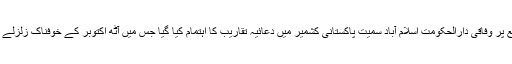
دریں اثناء منگل کو زلزلے کی آٹھویں برسی کے موقع پر وفاقی دارالحکومت اسلام آباد سمیت پاکستانی کشمیر میں دعائیہ تقاریب کا اہتمام کیا گیا جس میں آٹھ اکتوبر کے خوفناک زلزلے میں ہلاک ہونے والوں کے لیے فاتحہ خوانی کی گئی۔